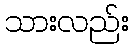
သားလည်း